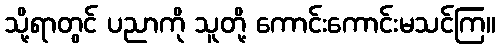
သို့ရာတွင် ပညာကို သူတို့ ကောင်းကောင်းမသင်ကြ။